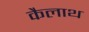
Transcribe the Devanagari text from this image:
कैलाथ